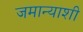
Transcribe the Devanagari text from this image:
जमान्याशी